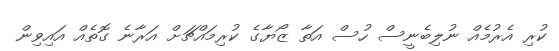
ކުރި އެރުމެއް ނުލިބެނީސް ހުސް އަތާ ޒޯޔާގެ ކުރިމައްޗަށް އަރާނެ ގޮތެއް އައިވިން